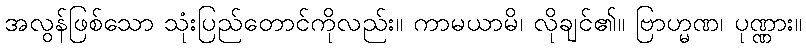
အလွန်ဖြစ်သော သုံးပြည်တောင်ကိုလည်း။ ကာမယာမိ၊ လိုချင်၏။ ဗြာဟ္မဏ၊ ပုဏ္ဏား။